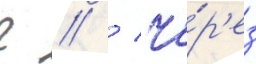
г // / че́р'ез